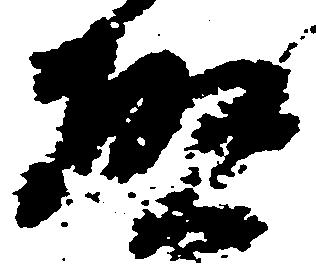
啓